Rae_vallavalitsus, lk 5
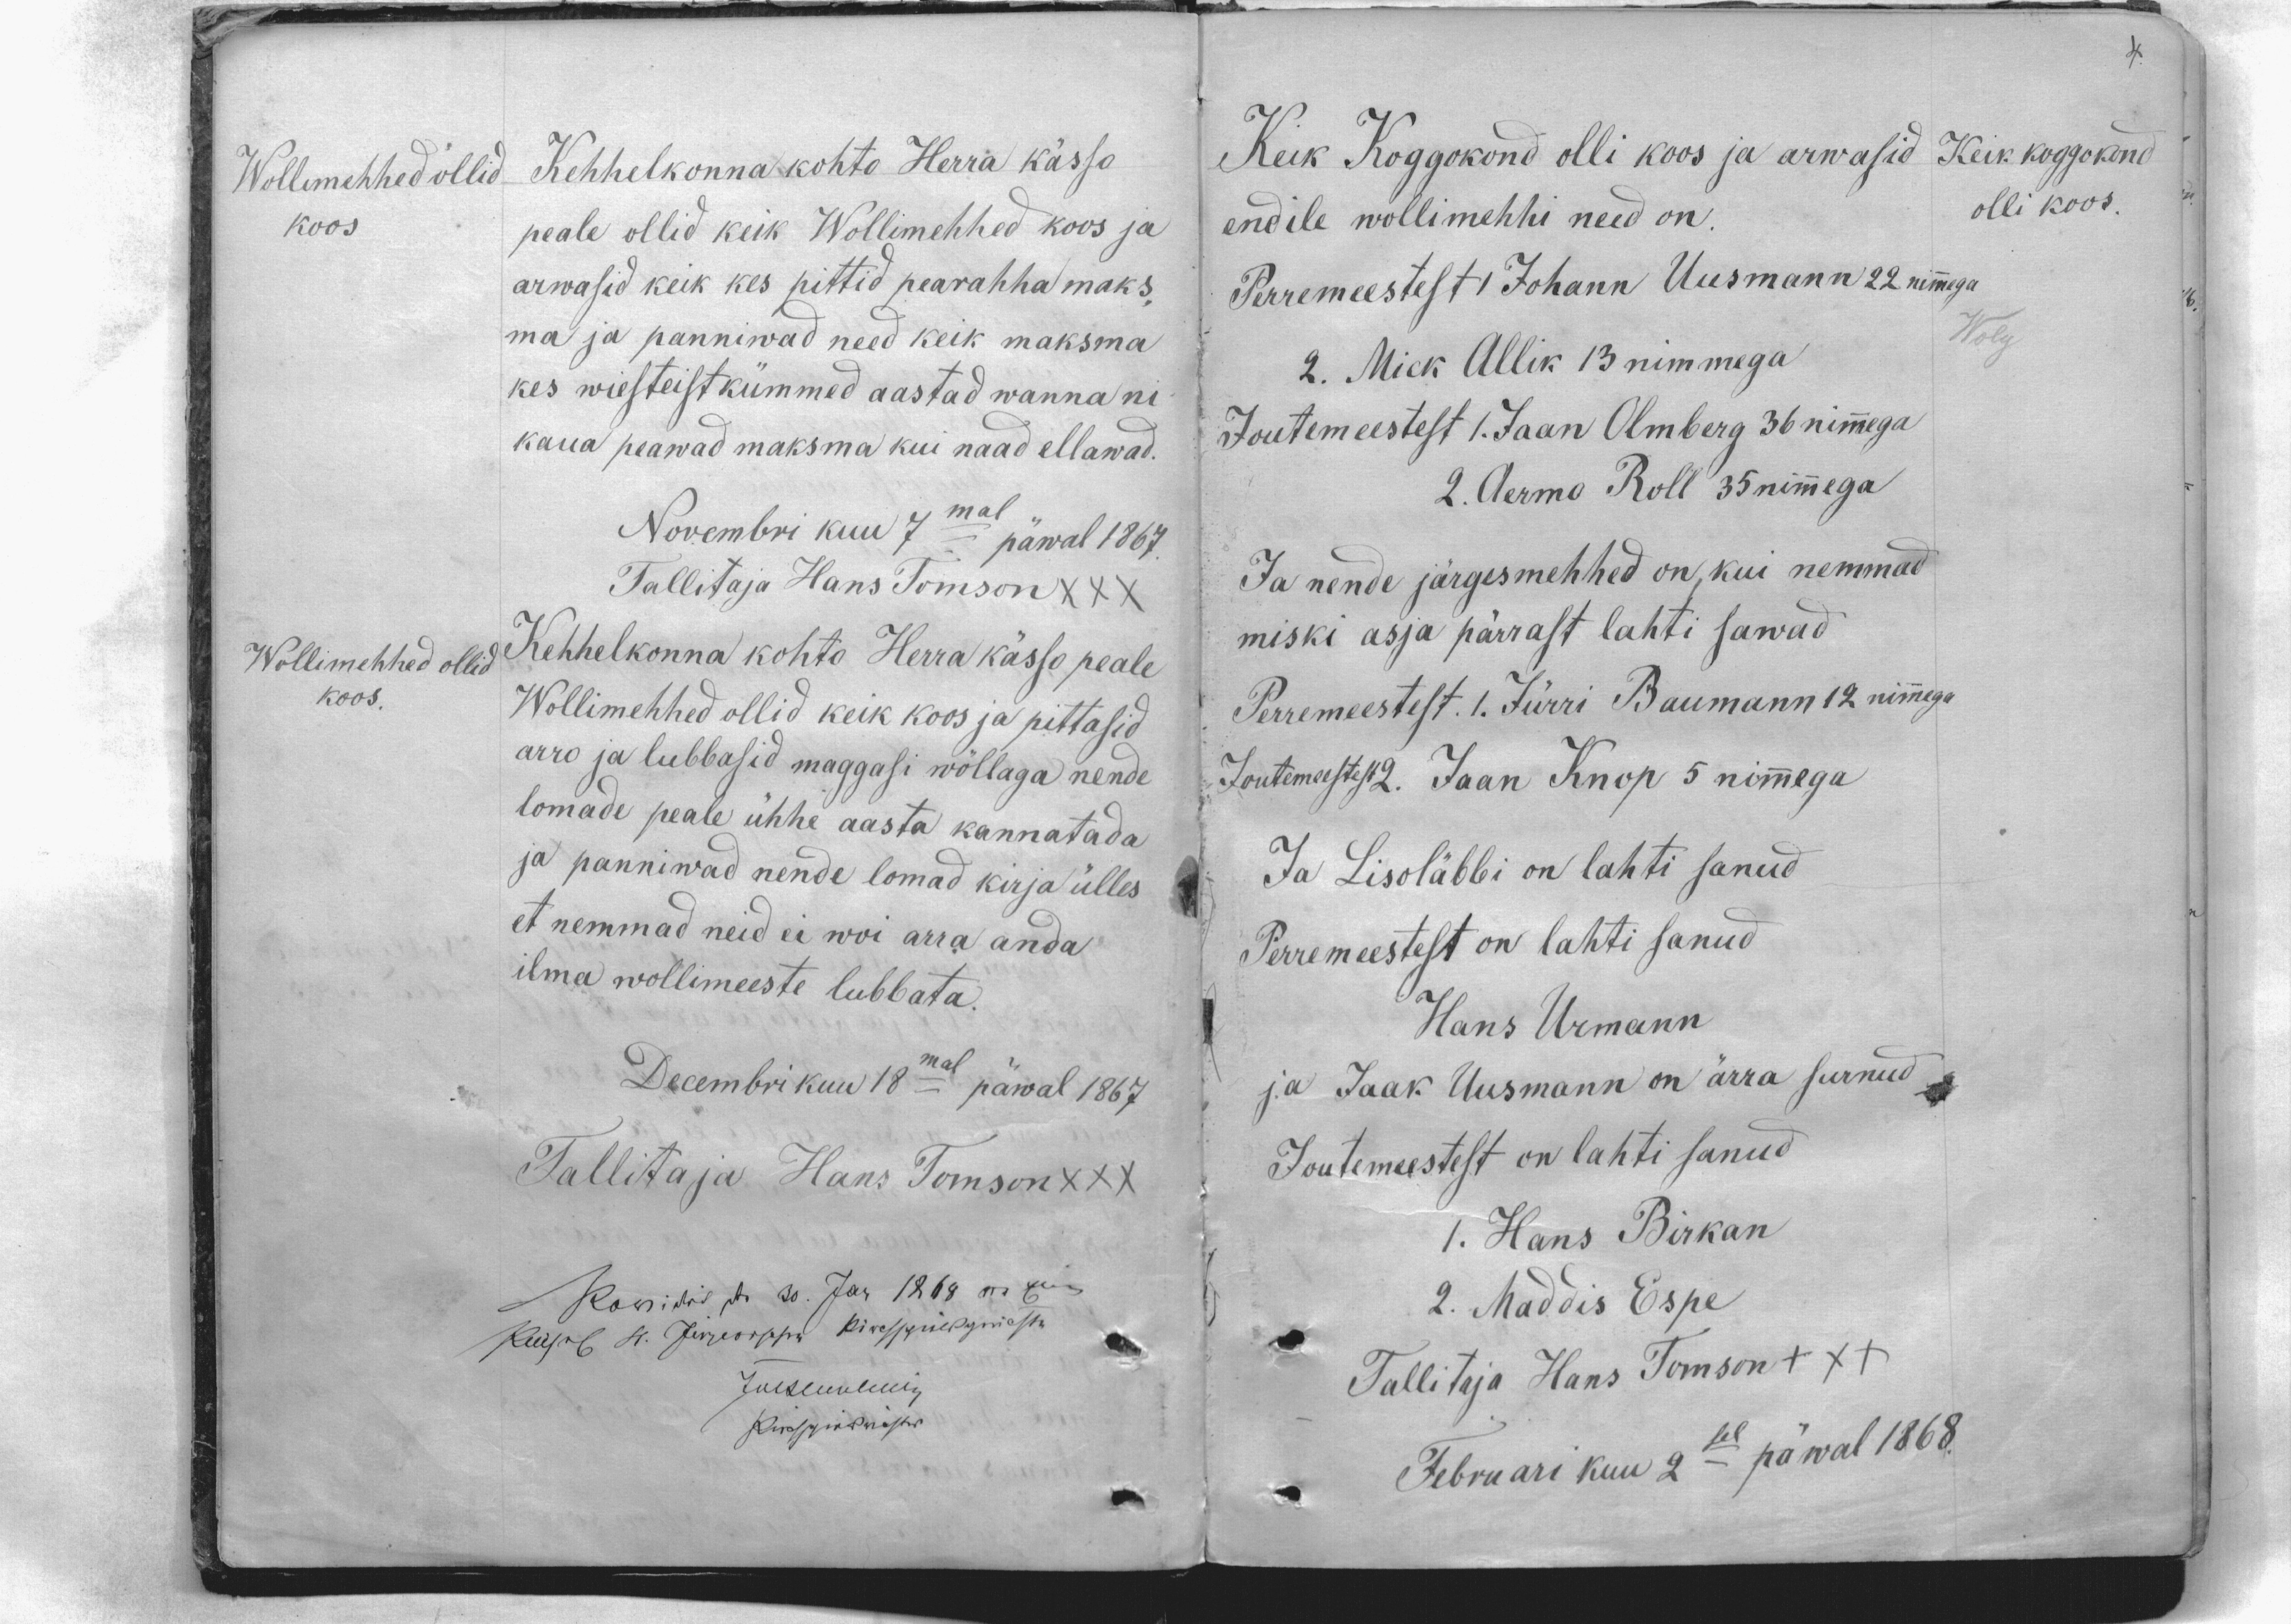
Wollemehhed ollid
koos
Kehhelkonna kohto Herra kässo
peale ollid keik Wollimehhed koos ja
arwasid keik kes pittid pearahha maks,
ma ja panniwad need keik maksma
kes wiesteistkümmed aastad wanna ni
kaua peawad maksma kui naad ellawad.
Novembri kuu 7mal päwal 1867.
Tallitaja Hans Tomson XXX
Wollimehhed ollid
koos.
Kehhelkonna kohto Herra kässo peale
Wollimehhed ollid keik koos ja pittasid
arro ja lubbasid maggasi wõllaga nende
lomade peale ühhe aasta kannatada
ja panniwad nende lomad kirja ülles
et nemmad neid ei woi arra anda
ilma wollimeeste lubbata.
Decembrikuu 18mal päwal 1867
Tallitaja Hans Tomson XXX

Keik koggokond
olli koos.
Keik Koggokond olli koos ja arwasid
endile wollimehhi need on.
Perremeestest 1 Johann Uusmann 22 nimmega
Wolg
2. Mick Allik 13 nimmega
Joutemeestest 1. Jaan Olmberg 36 nimmega
2. Aermo Roll 35 nimmega
Ja nende järgesmehhed on, kui nemmad
miski asja pärrast lahti sawad
Perremeestest. 1. Jürri Baumann 12 nimmega
Joutemeestest. 2. Jaan Knop 5 nimmega
Ja Lisoläbbi on lahti sanud
Perremeestest on lahti sanud
Hans Urmann
ja Jaak Uusmann on ärra surnud
Joutemeestest on lahti sanud
1. Hans Birkan
2. Maddis Espe
Tallitaja Hans Tomson +++
Februari kuu 2sel päwal 1868.